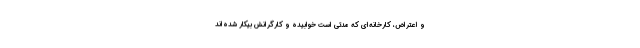
و اعتراض، کارخانه‌ای که مدتی است خوابیده و کارگرانش بیکار شده‌اند